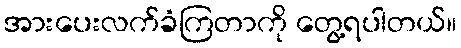
အားပေးလက်ခံကြတာကို တွေ့ရပါတယ်။